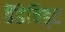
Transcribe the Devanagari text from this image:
हैंडेविड्ट